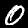
Digit: 0